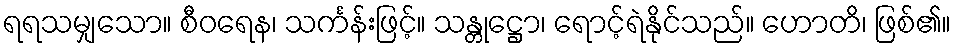
ရရသမျှသော။ စီဝရေန၊ သင်္ကန်းဖြင့်။ သန္တုဋ္ဌော၊ ရောင့်ရဲနိုင်သည်။ ဟောတိ၊ ဖြစ်၏။